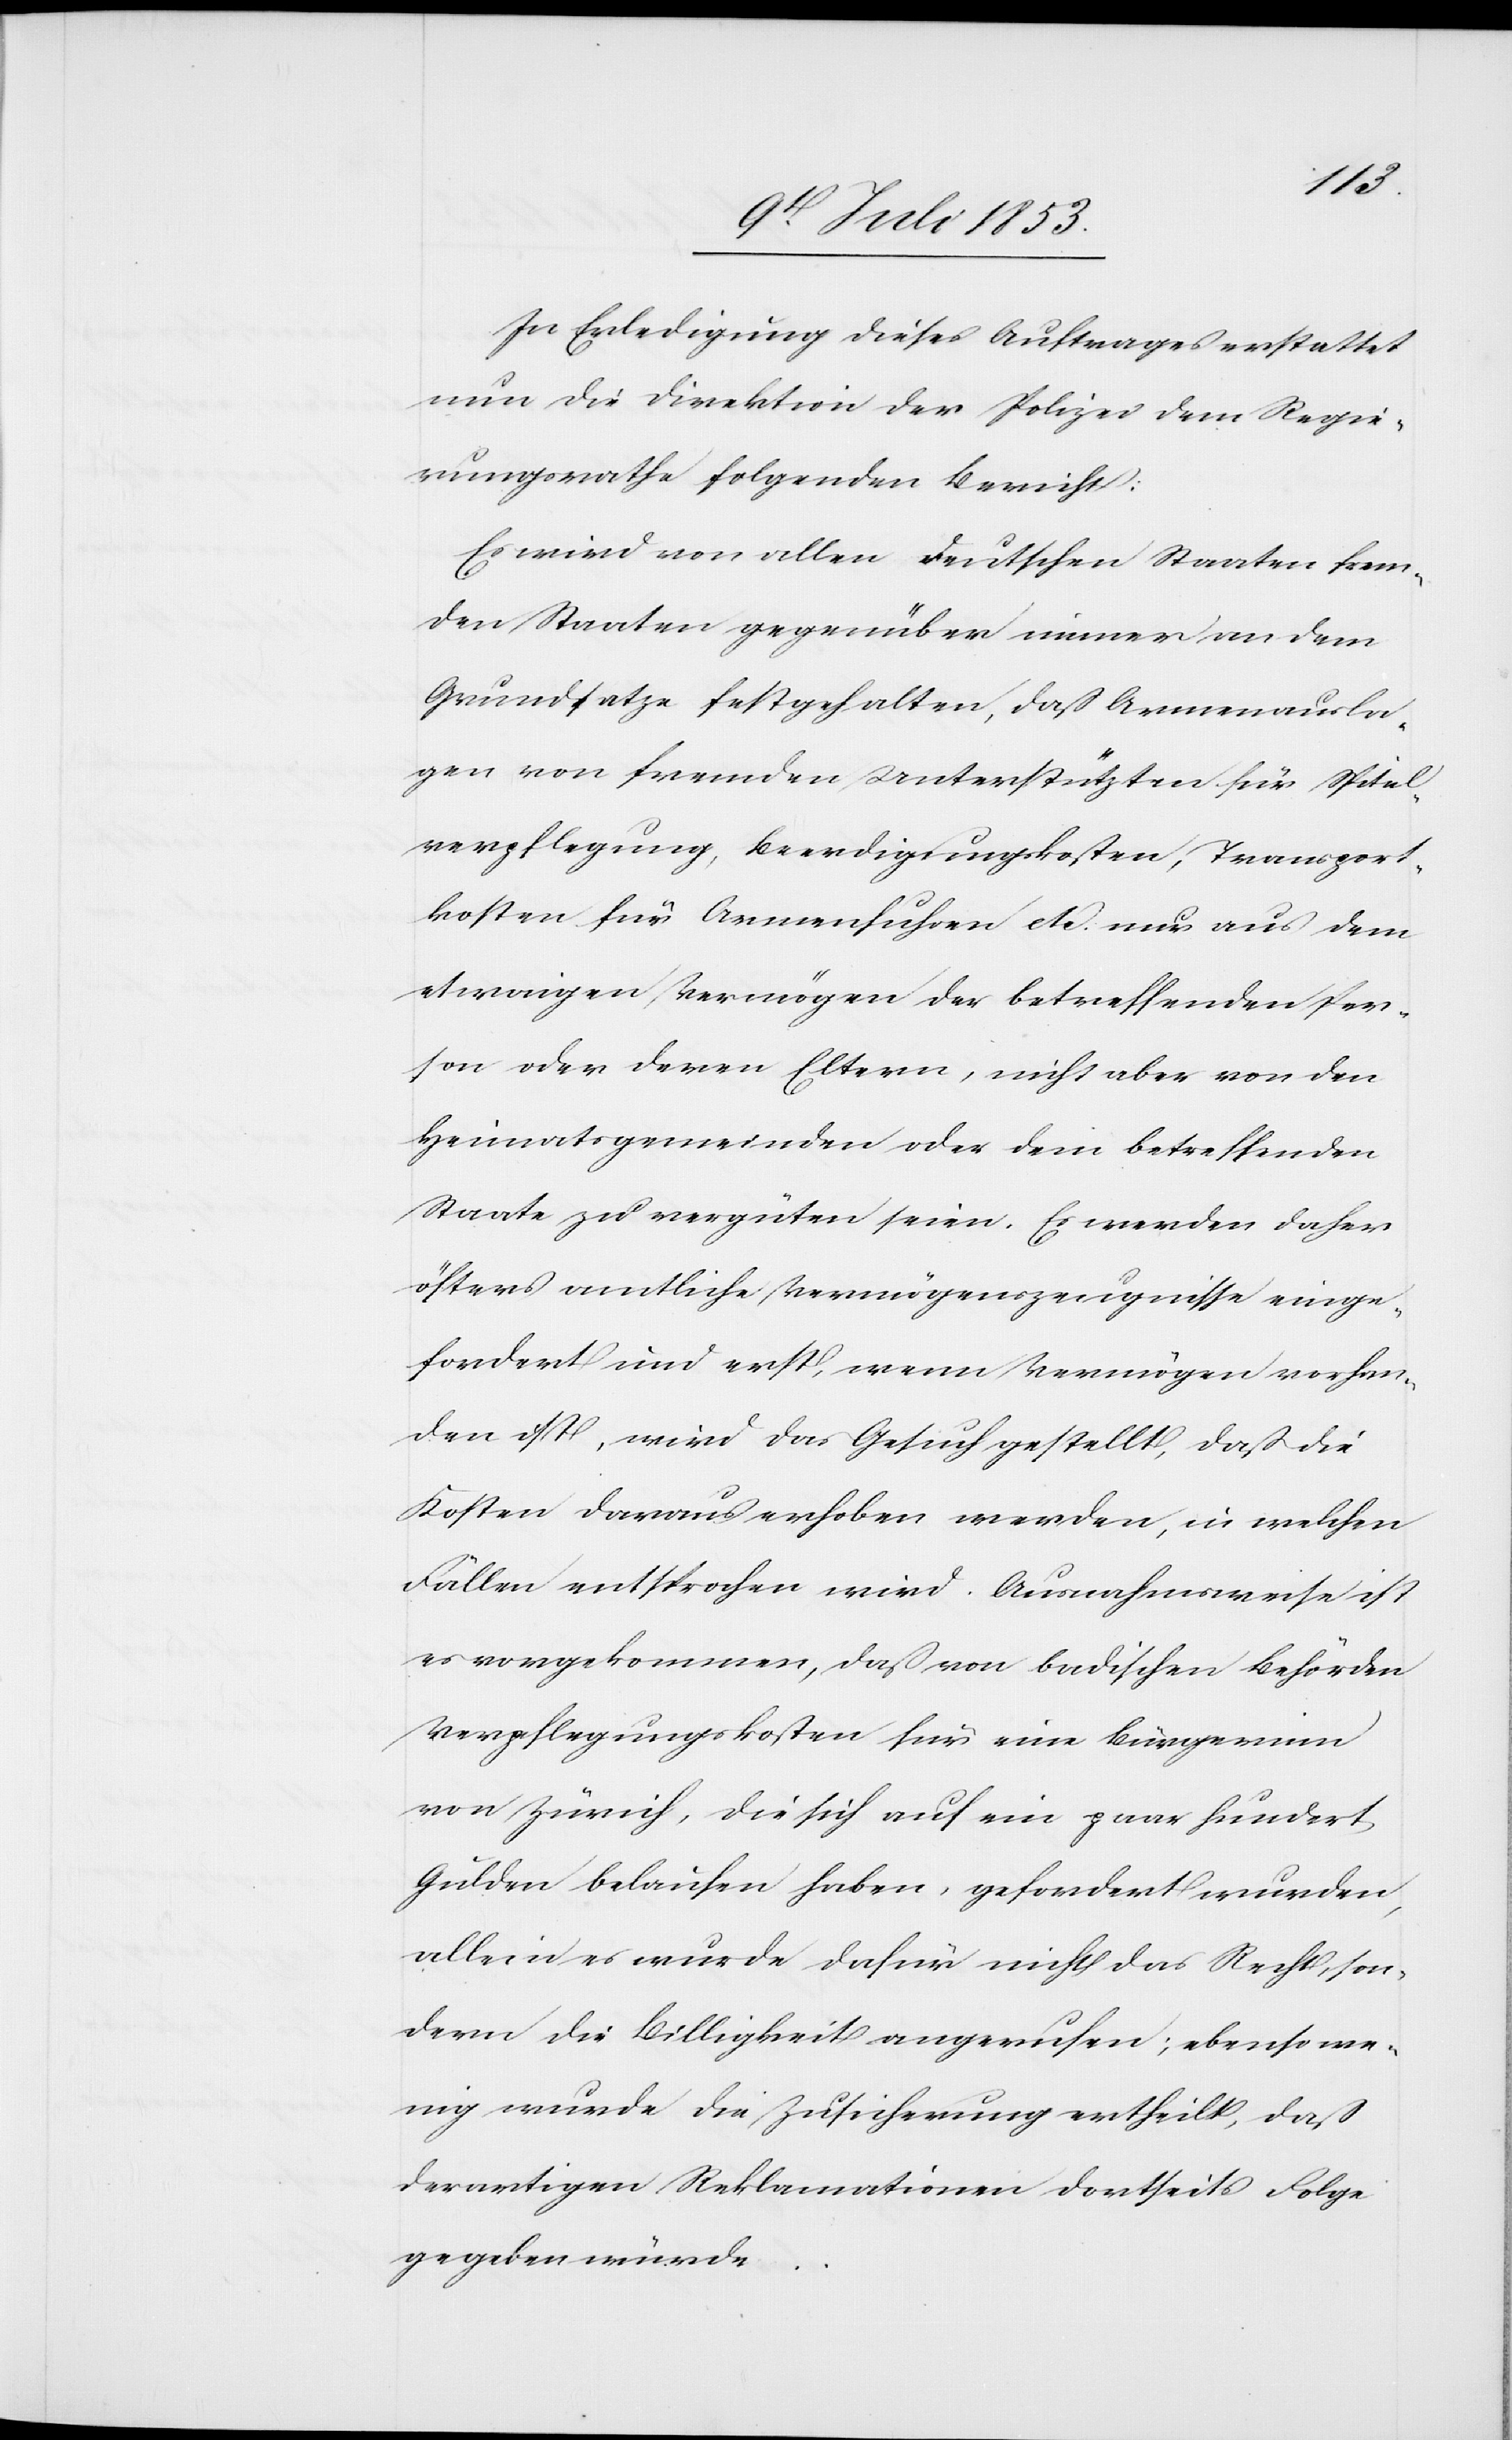
In Erledigung dieses Auftrages erstattet
nun die Direktion der Polizei dem Regie¬
rungsrathe folgenden Bericht:
Es wird von allen deutschen Staaten frem¬
den Staaten gegenüber immer an dem
Grundsatze festgehalten, daß Armenausla¬
gen von fremden Unterstützten für Spital¬
verpflegung, Beerdigungskosten, Transport¬
kosten für Armenfuhren etc. nur aus dem
etwaigen Vermögen der betreffenden Per¬
son oder deren Eltern, nicht aber von den
Heimatsgemeinden oder dem betreffenden
Staate zu vergüten seien. Es werden daher
öfters amtliche Vermögenszeugnisse einge¬
fordert und erst, wenn Vermögen vorhan¬
den ist, wird das Gesuch gestellt, daß die
Kosten daraus erhoben werden, in welchen
Fällen entsprochen wird. Ausnahmsweise ist
es vorgekommen, daß von badischen Behörden
Verpflegungskosten für eine Bürgerinn
von Zürich, die sich auf eine paar Hundert
Gulden belaufen haben, gefordert wurden,
allein es wurde dafür nicht das Recht, son¬
dern die Billigkeit angerufen; ebenso we¬
nig wurde die Zusicherung ertheilt, daß
derartigen Reklamationen dortseits Folge
gegeben würde…